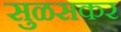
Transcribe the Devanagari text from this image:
सुळसकर